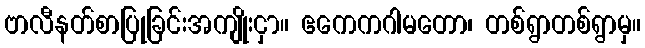
ဗာလီနတ်စာပြုခြင်းအကျိုးငှာ။ ဧကေကဂါမတော၊ တစ်ရွာတစ်ရွာမှ။